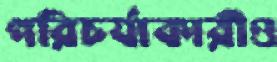
পরিচর্যাকারীও